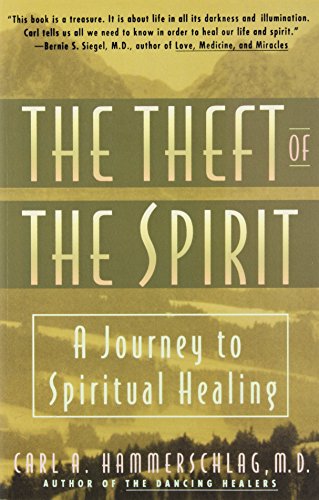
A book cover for Theft of the Spirit: A Journey to Spiritual Healing; Carl Hammerschlag; Literature & Fiction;